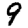
Digit: 9